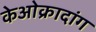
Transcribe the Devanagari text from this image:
केओक्रादांग